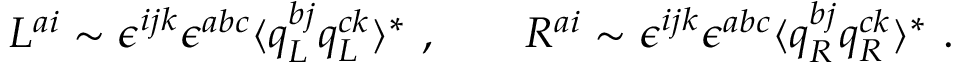
L ^ { a i } \sim \epsilon ^ { i j k } \epsilon ^ { a b c } \langle q _ { L } ^ { b j } q _ { L } ^ { c k } \rangle ^ { * } \ , \qquad R ^ { a i } \sim \epsilon ^ { i j k } \epsilon ^ { a b c } \langle q _ { R } ^ { b j } q _ { R } ^ { c k } \rangle ^ { * } \ .